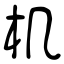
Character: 机